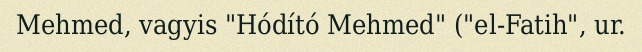
Mehmed, vagyis "Hódító Mehmed" ("el-Fatih", ur.